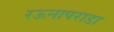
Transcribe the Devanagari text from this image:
रऊनापराडा